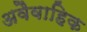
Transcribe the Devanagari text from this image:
अवैवाहिक